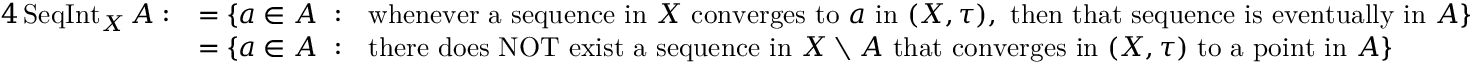
{ \begin{array} { r l } { { 4 } \operatorname { S e q I n t } _ { X } A : } & { = \{ a \in A ~ : ~ { \mathrm { ~ w h e n e v e r ~ a ~ s e q u e n c e ~ i n ~ } } X { \mathrm { ~ c o n v e r g e s ~ t o ~ } } a { \mathrm { ~ i n ~ } } ( X , \tau ) , { \mathrm { ~ t h e n ~ t h a t ~ s e q u e n c e ~ i s ~ e v e n t u a l l y ~ i n ~ } } A \} } \\ & { = \{ a \in A ~ : ~ { \mathrm { ~ t h e r e ~ d o e s ~ N O T ~ e x i s t ~ a ~ s e q u e n c e ~ i n ~ } } X \setminus A { \mathrm { ~ t h a t ~ c o n v e r g e s ~ i n ~ } } ( X , \tau ) { \mathrm { ~ t o ~ a ~ p o i n t ~ i n ~ } } A \} } \end{array} }